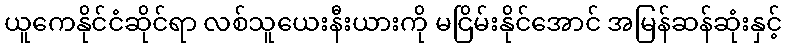
ယူကေနိုင်ငံဆိုင်ရာ လစ်သူယေးနီးယားကို မငြိမ်းနိုင်အောင် အမြန်ဆန်ဆုံးနှင့်